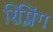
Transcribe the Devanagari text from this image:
रिप्लिंग